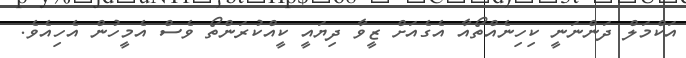
އަކްމަލް ދަންނަނީ ކިހިނެއްތޯއާ އެގެއަށް ޒީވާ ދިޔައީ ކީއްކުރަންތޯ ވެސް އެމީހުން އެހިއެވެ.